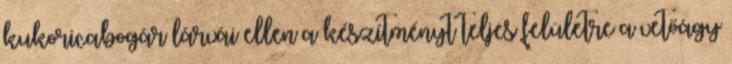
kukoricabogár lárvái ellen a készítményt teljes felületre a vetőágy